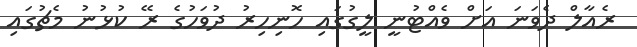
ރެއާލް ދެވަނަ އަށް ވެއްޓުނީ ލީގުގައި ހޮނިހިރު ދުވަހުގެ ރޭ ކުޅުނު މެޗުގައި